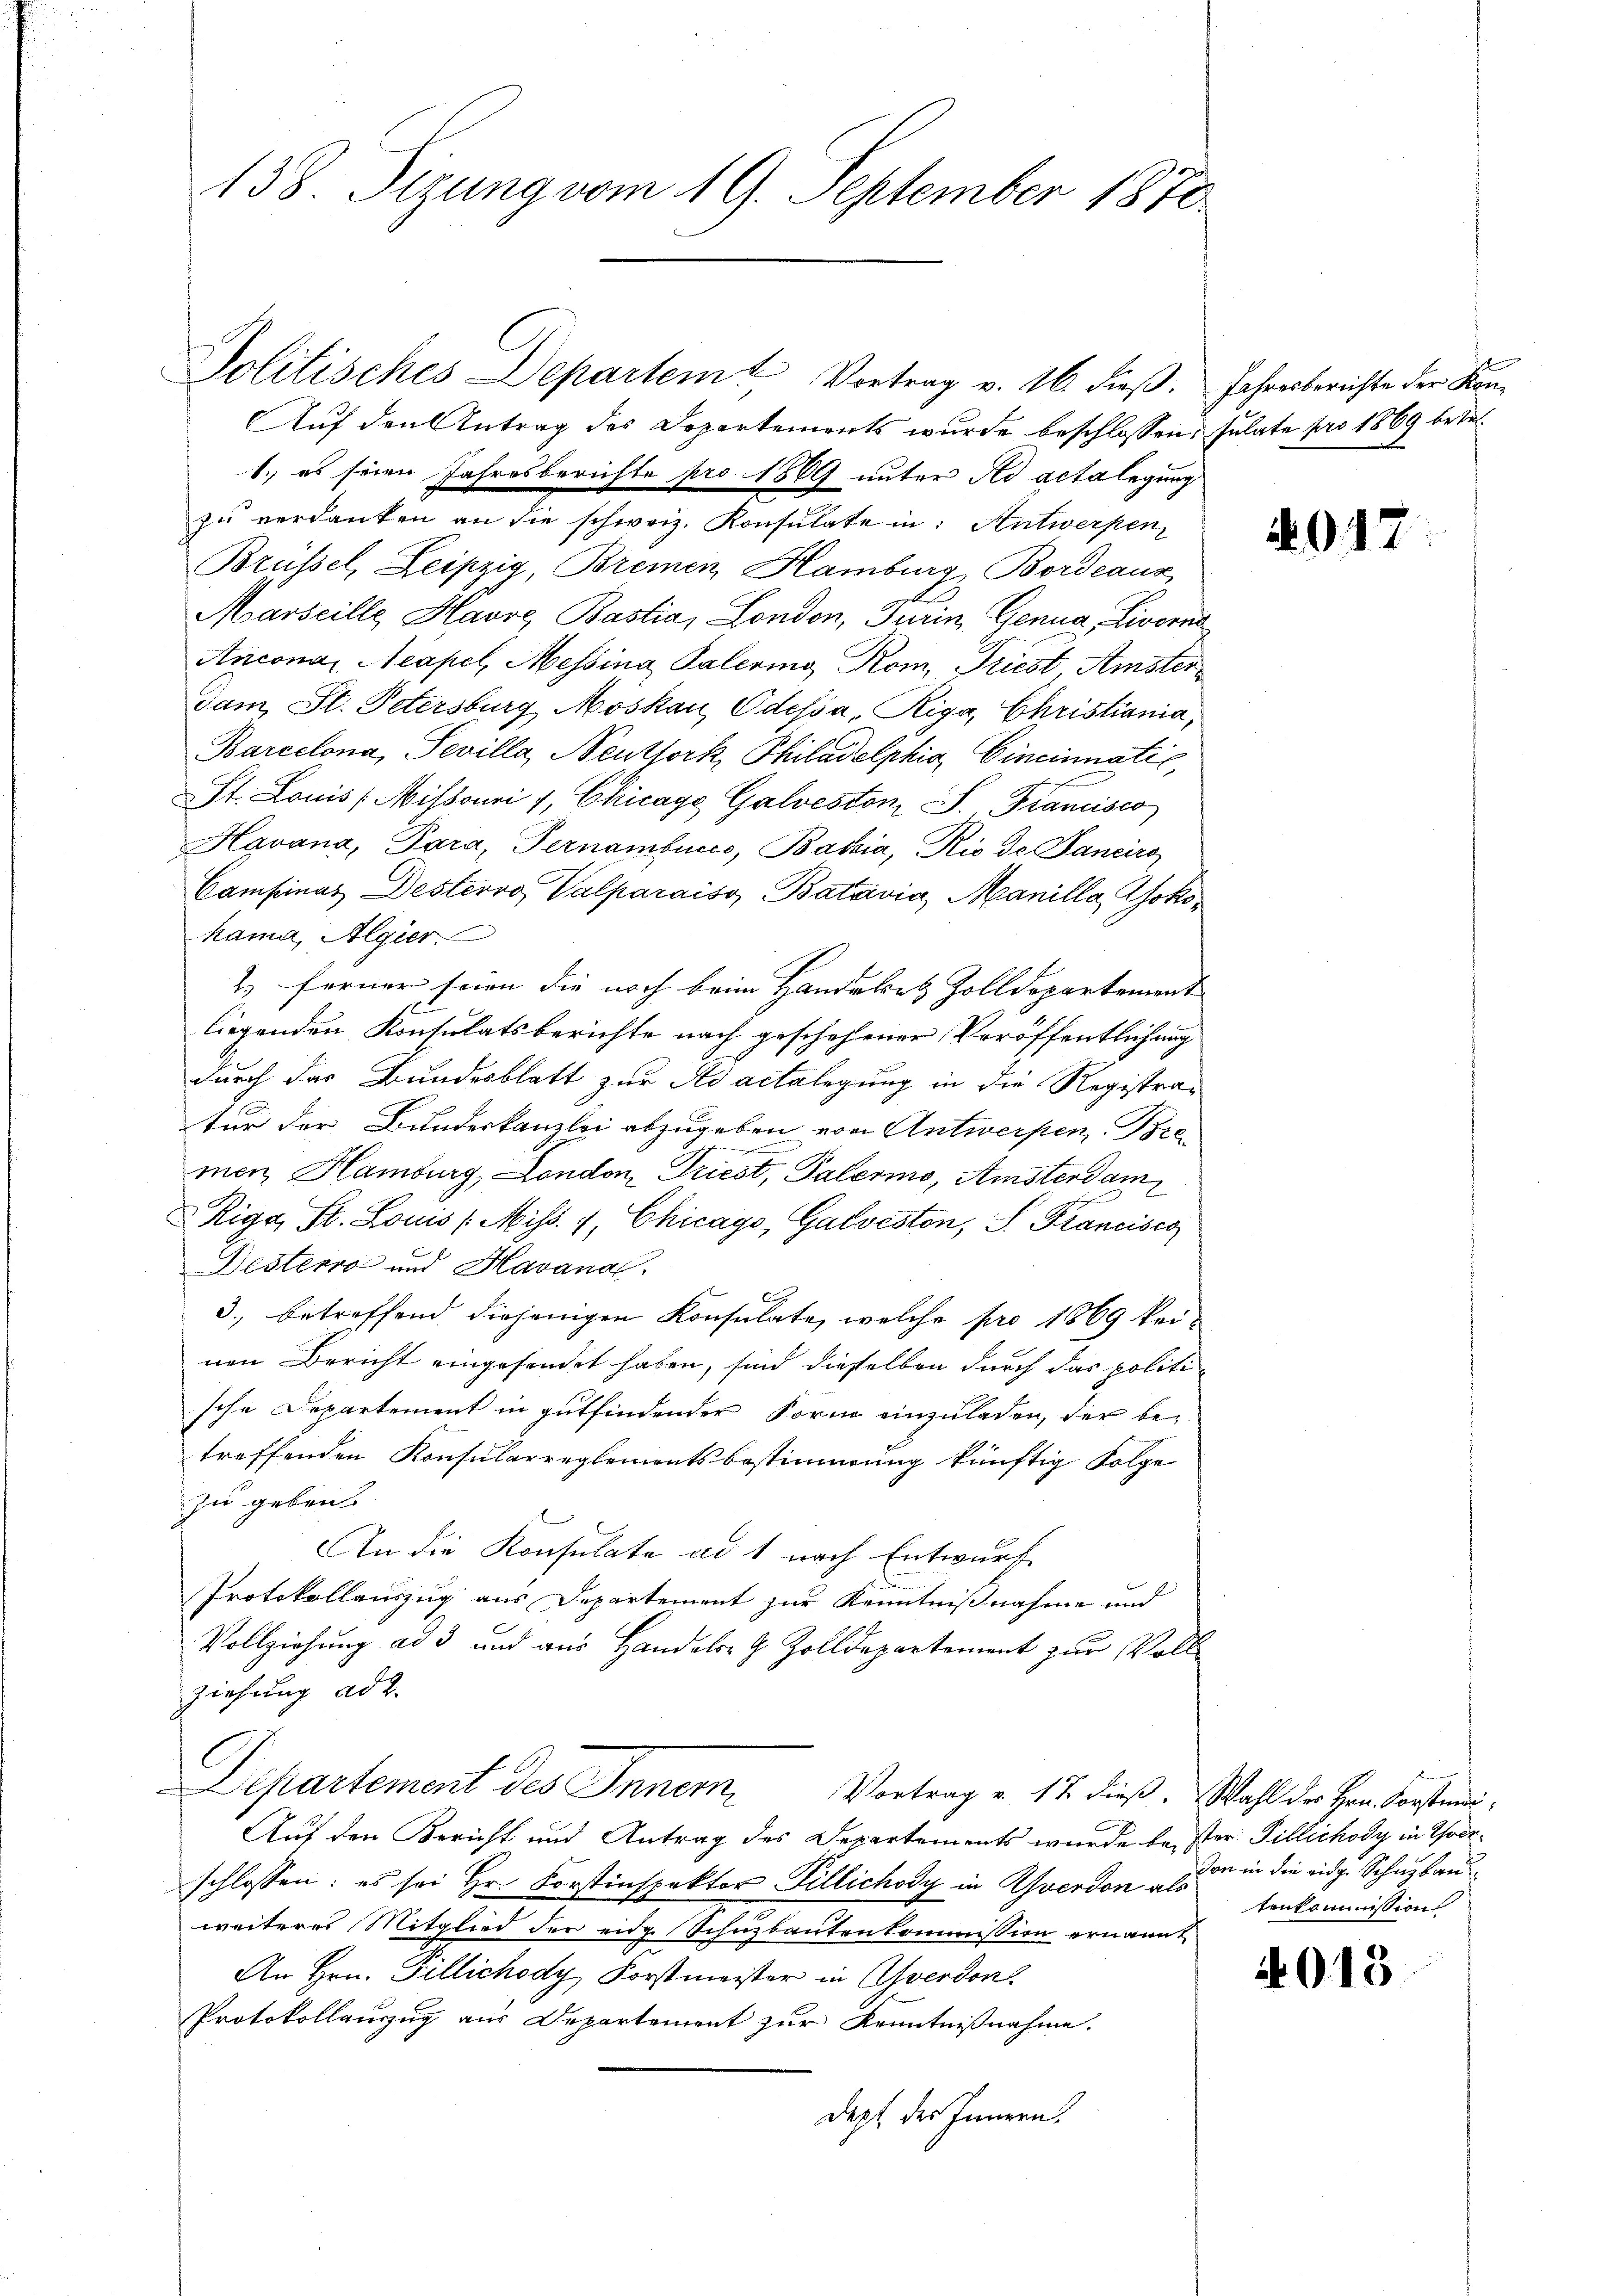
138. Sizung vom 19. September 1870

Politisches Departemt Vortrag v. 16. dieβ. Jahresberichte der Kon¬
Auf den Antrag des Departements wurde beschlossen: sulate pro 1869 betr.
1. es seien Jahresberichte pro 1889 unter ad acta legung
Brüssel, Leipzig, Bremen Hamburg, Bordeaux
E
Marseille Havre Bastia, London, Turin, Genua, Livorne
Anconas Neapel, Messina Palering Kom, Priest, Amster
dam, St. Petersburg Moskau, Odessa, Riga, Christiania,
Barcelona, Sevilla, Neuthork, Philadelphia, Cincinnatis,
St. Louis (Mihsouri 1, Chicago Galveston S. Fiancisco
Havana, Para, Pernambucco, Bahia, Rio de Panciro
Campinas Destervo, Valparaiso Batavia, Manilla Mokohama, Algier
2) ferner seien die noch beim Handekes Zolldepartement |
liegenden Konsulatsberichte nach geschehener Veröffentlichung
durch das Bundesblatt zur Adactelegung in die Registratur der Bundeskanzlei abzugeben von Antwerpen, Bremen Hamburg, London Driest, Palermo, Amsterdam
Riga, St. Louis (Miss. 1, Chicago, Galveston, S. Francisco
Desterra und Havana.
3., betreffend diejenigen Konsulate, welche pro 1869 keinen Bericht eingesendet haben, sind dieselben durch das politische Departement in gutfindender Form einzuladen, der be-
treffenden Konsularreglementsbestimmung künftig Folge
zu geben.
An die Konsulate ad 1 nach Entwurf
Protokollauszug aus Departement zur Kenntnißnahme und
Vollziehung ad 3 und aus Handelsr G. Zolldepartement zur Vollziehung ad 2.
Departement des Inner Vortrag v. 17. dieß. Wahl der Hern Vorständi¬
Auf den Bericht und Antrag des Departements wurde bester Tillichody in Thoceschlossen: es sei Hr. Forstinspektor Tillichody in verdon den in die eidg. Schuzbauweiteres Mitglied der eidg. Schnzbautenkommission ernannt
An Hrn. Fillichody Forstmeister in Yverdon
Protokollanzug aus Departement zur Kenntnißnahme.
Dept der Innern.

zu verdanken an die schweiz. Konsulate in: Antwerpen,

01

tenkommission

4013